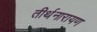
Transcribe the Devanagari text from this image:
तीर्थनारायण